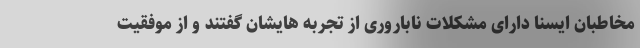
مخاطبان ایسنا دارای مشکلات ناباروری از تجربه هایشان گفتند و از موفقیت